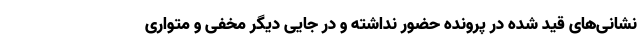
نشانی‌های قید شده در پرونده حضور نداشته و در جایی دیگر مخفی و متواری